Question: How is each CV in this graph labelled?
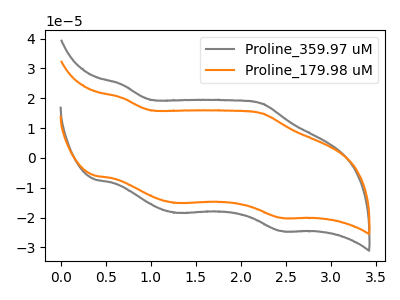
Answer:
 <answer>The gray curve is labeled "Proline_359.97 uM". The orange curve is labeled "Proline_179.98 uM".</answer>
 <eval></eval>